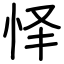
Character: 怿